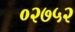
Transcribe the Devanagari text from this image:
०२७५२